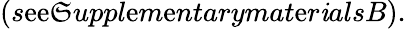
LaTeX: (s\mathrm{e}\mathrm{e}\mathfrak{S}uppl\mathrm{e}m\mathrm{e}ntarymat\mathrm{e}r\mathit{i}alsB).